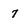
Character: 7